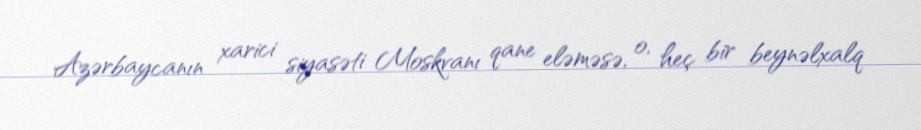
Azərbaycanın xarici siyasəti Moskvanı qane eləməsə, o, heç bir beynəlxalq